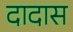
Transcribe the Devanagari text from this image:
दादास